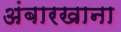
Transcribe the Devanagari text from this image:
अंबारखाना